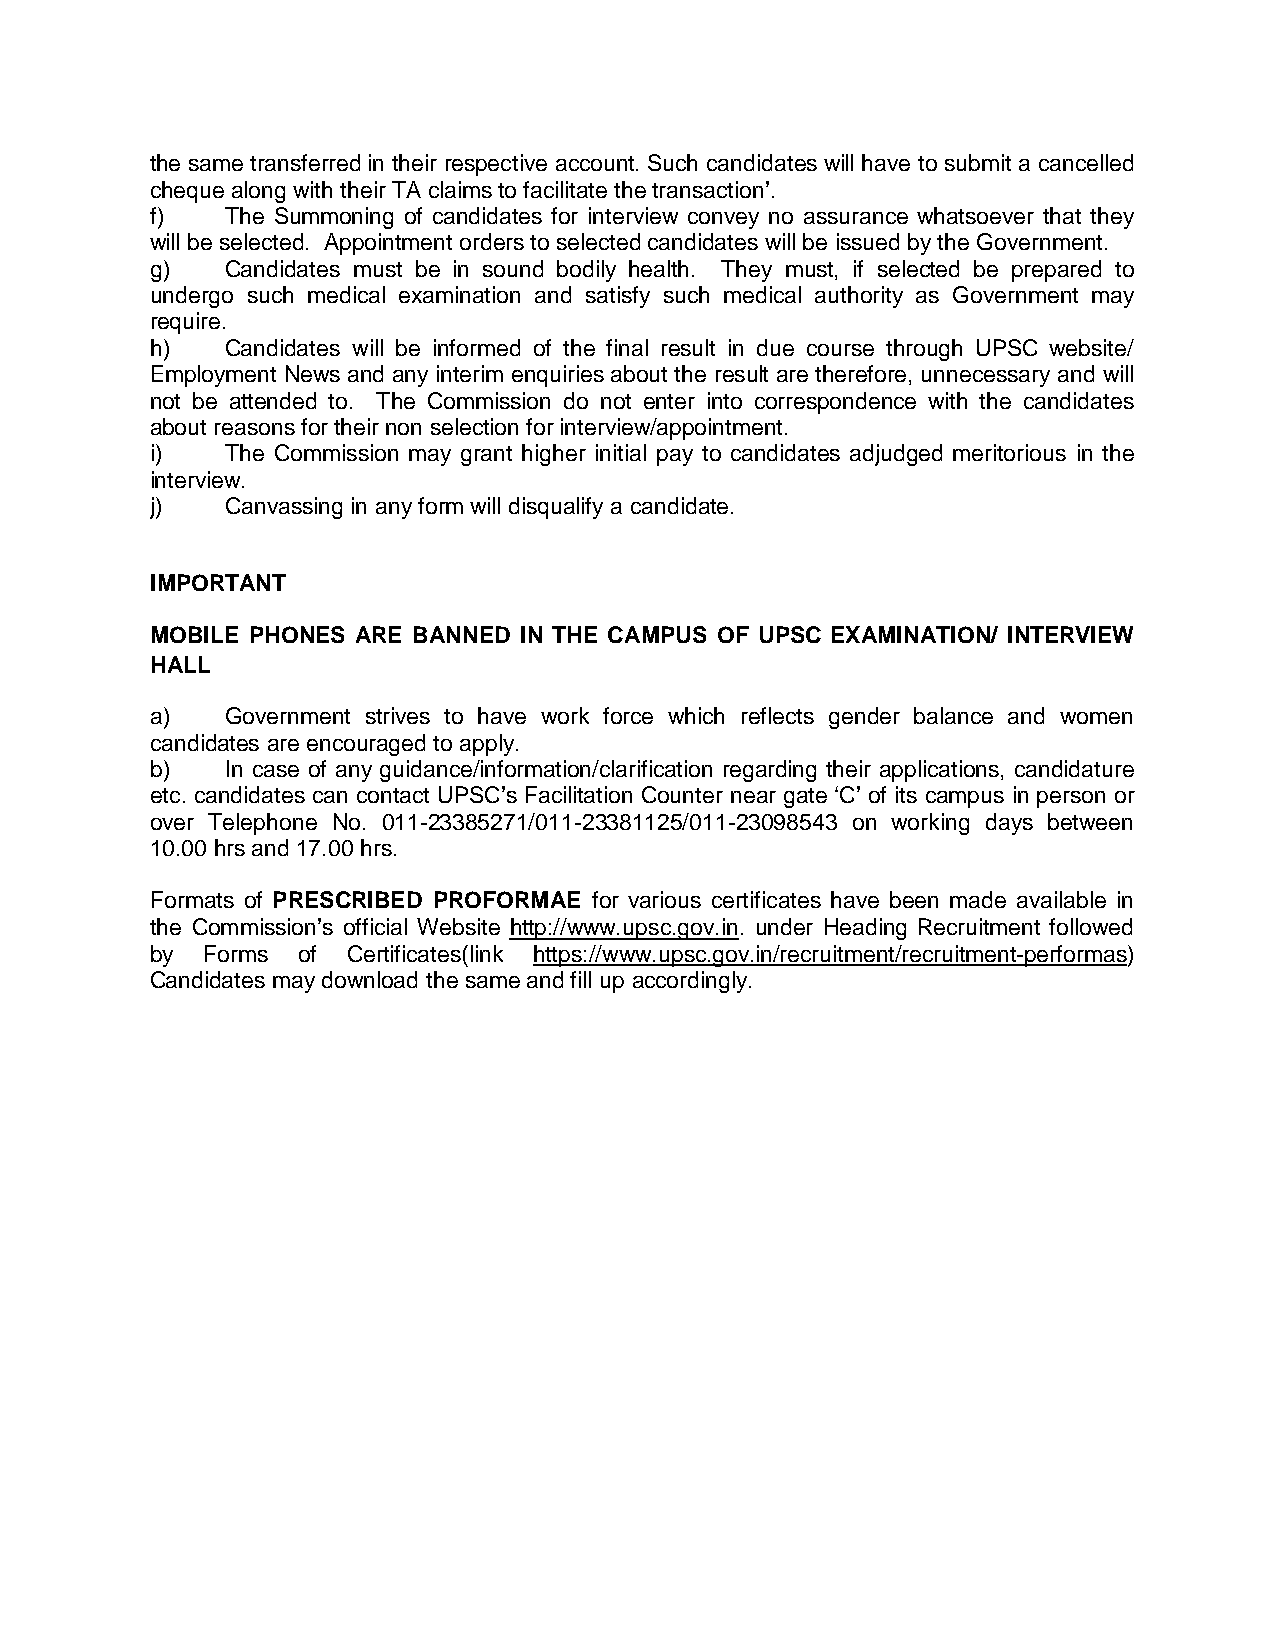
the same transferred in their respective account. Such candidates will have to submit a cancelled
 cheque along with their TA claims to facilitate the transaction’.
 f)   The Summoning of candidates for interview convey no assurance whatsoever that they
 will be selected. Appointment orders to selected candidates will be issued by the Government.
 g)   Candidates must be in sound bodily health. They must, if selected be prepared to
 undergo such medical examination and satisfy such medical authority as Government may
 require.
 h)   Candidates will be informed of the final result in due course through UPSC website/
 Employment News and any interim enquiries about the result are therefore, unnecessary and will
 not be attended to. The Commission do not enter into correspondence with the candidates
 about reasons for their non selection for interview/appointment.
 i)   The Commission may grant higher initial pay to candidates adjudged meritorious in the
 interview.
 j)   Canvassing in any form will disqualify a candidate.
 IMPORTANT
 MOBILE PHONES ARE BANNED IN THE CAMPUS OF UPSC EXAMINATION/ INTERVIEW
 HALL
 a)   Government strives to have work force which reflects gender balance and women
 candidates are encouraged to apply.
 b)   In case of any guidance/information/clarification regarding their applications, candidature
 etc. candidates can contact UPSC’s Facilitation Counter near gate ‘C’ of its campus in person or
 over Telephone No. 011-23385271/011-23381125/011-23098543 on working days between
 10.00 hrs and 17.00 hrs.
 Formats of PRESCRIBED PROFORMAE for various certificates have been made available in
 the Commission’s official Website http://www.upsc.gov.in. under Heading Recruitment followed
 by Forms  of Certificates(link https://www.upsc.gov.in/recruitment/recruitment-performas)
 Candidates may download the same and fill up accordingly.